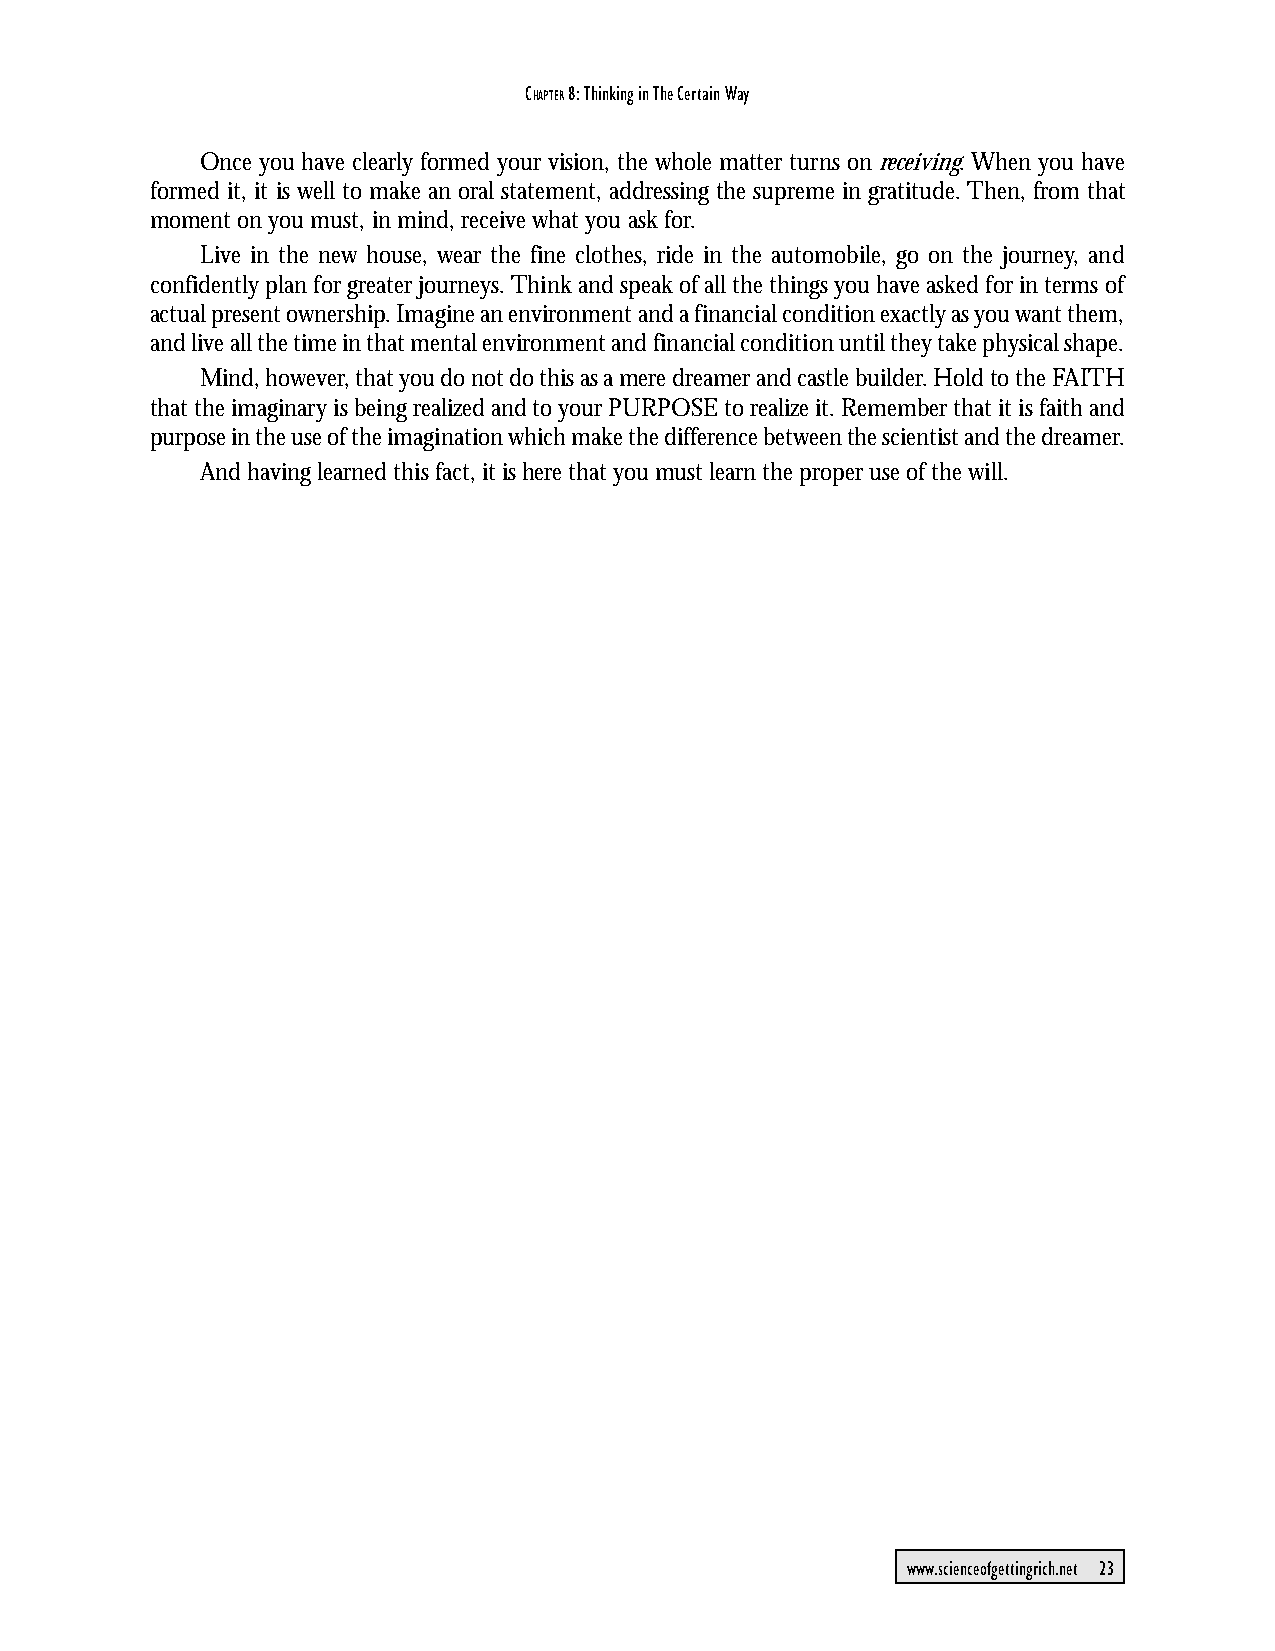
CHAPTER 8: Thinking in The Certain Way
 Once you have clearly formed your vision, the whole matter turns on receiving. When you have
 formed it, it is well to make an oral statement, addressing the supreme in gratitude. Then, from that
 moment on you must, in mind, receive what you ask for.
 Live in the new house, wear the fine clothes, ride in the automobile, go on the journey, and
 confidently plan for greater journeys. Think and speak of all the things you have asked for in terms of
 actual present ownership. Imagine an environment and a financial condition exactly as you want them,
 and live all the time in that mental environment and financial condition until they take physical shape.
 Mind, however, that you do not do this as a mere dreamer and castle builder. Hold to the FAITH
 that the imaginary is being realized and to your PURPOSE to realize it. Remember that it is faith and
 purpose in the use of the imagination which make the difference between the scientist and the dreamer.
 And having learned this fact, it is here that you must learn the proper use of the will.
 www.scienceofgettingrich.net 23